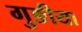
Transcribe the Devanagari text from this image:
गुङीया